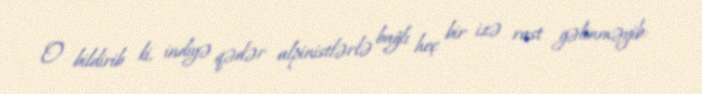
O bildirib ki, indiyə qədər alpinistlərlə bağlı heç bir izə rast gəlinməyib: